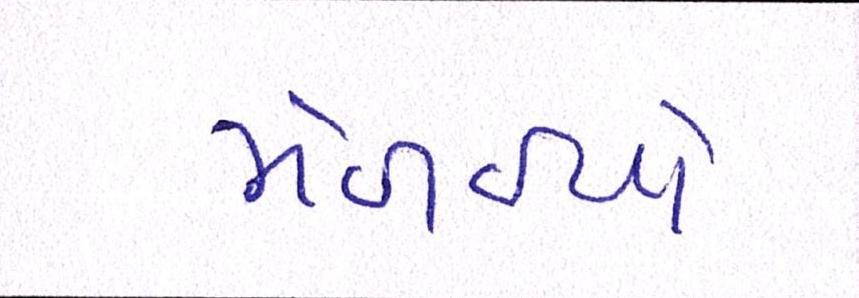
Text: મેળવ્યો